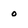
Character: o